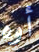
أوه